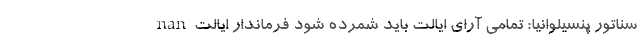
nan سناتور پنسیلوانیا: تمامی آرای ایالت باید شمرده شود فرماندار ایالت